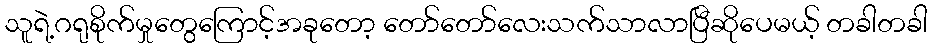
သူရဲ့ဂရုစိုက်မှုတွေကြောင့်အခုတော့ တော်တော်လေးသက်သာလာပြီဆိုပေမယ့် တခါတခါ